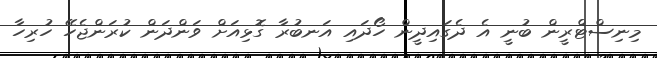
މިނިސްޓްރީން ބުނީ އެ ދެގައިދީން ހޯދައި އަނބުރާ ގޮޅިއަށް ވަންދަން ކުރަންޖެހޭ ހުރިހާ